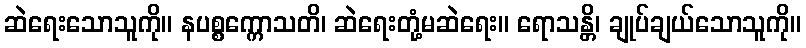
ဆဲရေးသောသူကို။ နပစ္စက္ကောသတိ၊ ဆဲရေးတုံ့မဆဲရေး။ ရောသန္တိ၊ ချုပ်ချယ်သောသူကို။